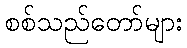
စစ်သည်တော်များ